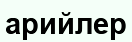
арийлер